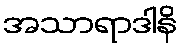
အသာရာဒါနိ